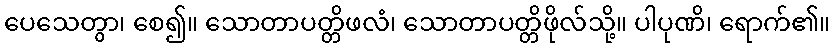
ပေသေတွာ၊ စေ၍။ သောတာပတ္တိဖလံ၊ သောတာပတ္တိဖိုလ်သို့။ ပါပုဏိ၊ ရောက်၏။